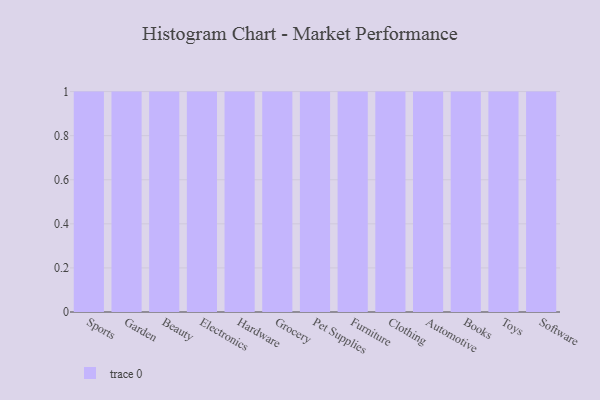
{"axis": {"x": "Category", "y": "Net Income (USD K)"}, "legend": [""], "data": [{"x": "Sports", "y": 87, "type": ""}, {"x": "Garden", "y": 25, "type": ""}, {"x": "Beauty", "y": 69, "type": ""}, {"x": "Electronics", "y": 38, "type": ""}, {"x": "Hardware", "y": 47, "type": ""}, {"x": "Grocery", "y": 75, "type": ""}, {"x": "Pet Supplies", "y": 57, "type": ""}, {"x": "Furniture", "y": 86, "type": ""}, {"x": "Clothing", "y": 21, "type": ""}, {"x": "Automotive", "y": 4, "type": ""}, {"x": "Books", "y": 47, "type": ""}, {"x": "Toys", "y": 60, "type": ""}, {"x": "Software", "y": 32, "type": ""}]}